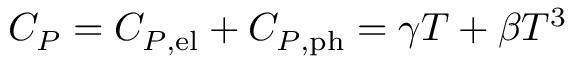
C _ { P } = C _ { P , \mathrm { { e l } } } + C _ { P , \mathrm { { p h } } } = \gamma T + \beta T ^ { 3 }